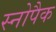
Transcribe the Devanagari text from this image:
स्नोपैक